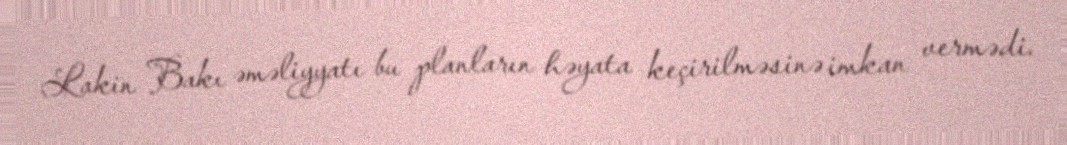
Lakin Bakı əməliyyatı bu planların həyata keçirilməsinə imkan vermədi.